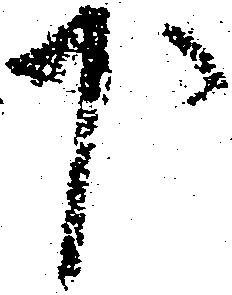
下